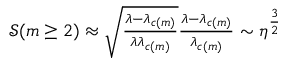
\begin{array} { r } { \mathcal { S } ( m \geq 2 ) \approx \sqrt { \frac { { \lambda - { \lambda _ { c ( m ) } } } } { { \lambda { \lambda _ { c ( m ) } } } } } \frac { { \lambda - { \lambda _ { c ( m ) } } } } { { { \lambda _ { c ( m ) } } } } \sim { \eta ^ { \frac { 3 } { 2 } } } } \end{array}